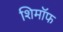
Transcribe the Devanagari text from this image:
शिमॉफ